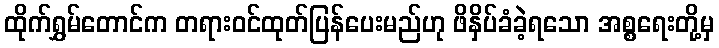
ထိုက်ရွှမ်တောင်က တရားဝင်ထုတ်ပြန်ပေးမည်ဟု ဖိနှိပ်ခံခဲ့ရသော အစ္စရေးတို့မှ